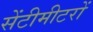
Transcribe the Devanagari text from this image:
सेंटीमीटरों